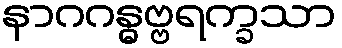
နာဂဂန္ဓဗ္ဗရက္ခသာ